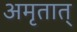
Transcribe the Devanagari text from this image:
अमृतात्‌